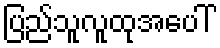
ပြည်သူလူထုအပေါ်